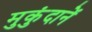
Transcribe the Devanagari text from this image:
मुकुंदानें